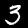
Label: 3